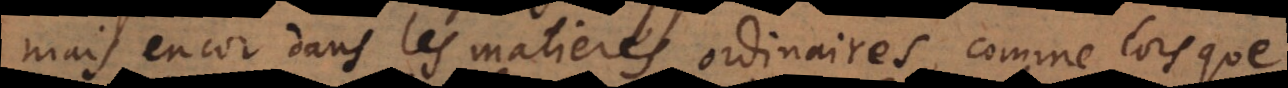
mais encor dans les matieres ordinaires, comme lorsque